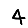
Digit: 4